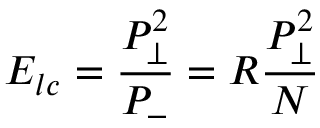
E _ { l c } = { \frac { P _ { \perp } ^ { 2 } } { P _ { - } } } = R { \frac { P _ { \perp } ^ { 2 } } { N } }